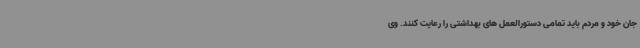
جان خود و مردم باید تمامی دستورالعمل های بهداشتی را رعایت کنند. وی